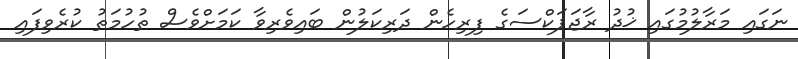
ނަގައި މަރާލުމުގައި ޚުދު ރާޖަޕަކްސަގެ ފިރިހެން ދަރިކަލުން ބައިވެރިވާ ކަމަށްވެސް ތުހުމަތު ކުރެވިފައި